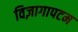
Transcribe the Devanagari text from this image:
विज़ागापटम